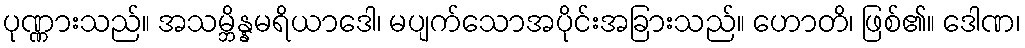
ပုဏ္ဏားသည်။ အသမ္ဘိန္နမရိယာဒေါ၊ မပျက်သောအပိုင်းအခြားသည်။ ဟောတိ၊ ဖြစ်၏။ ဒေါဏ၊